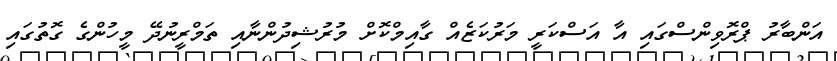
އަންބާރު ޕްރޮވިންސްގައި އާ އަސްކަރީ މަރުކަޒެއް ގާއިމްކޮށް މުރުޝިދުންނާއި ތަމްރީނުދޭ މީހުންގެ ގޮތުގައި